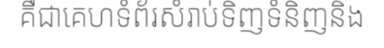
គឺជាគេហទំព័រសំរាប់ទិញទំនិញនិង